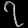
Digit: ၇